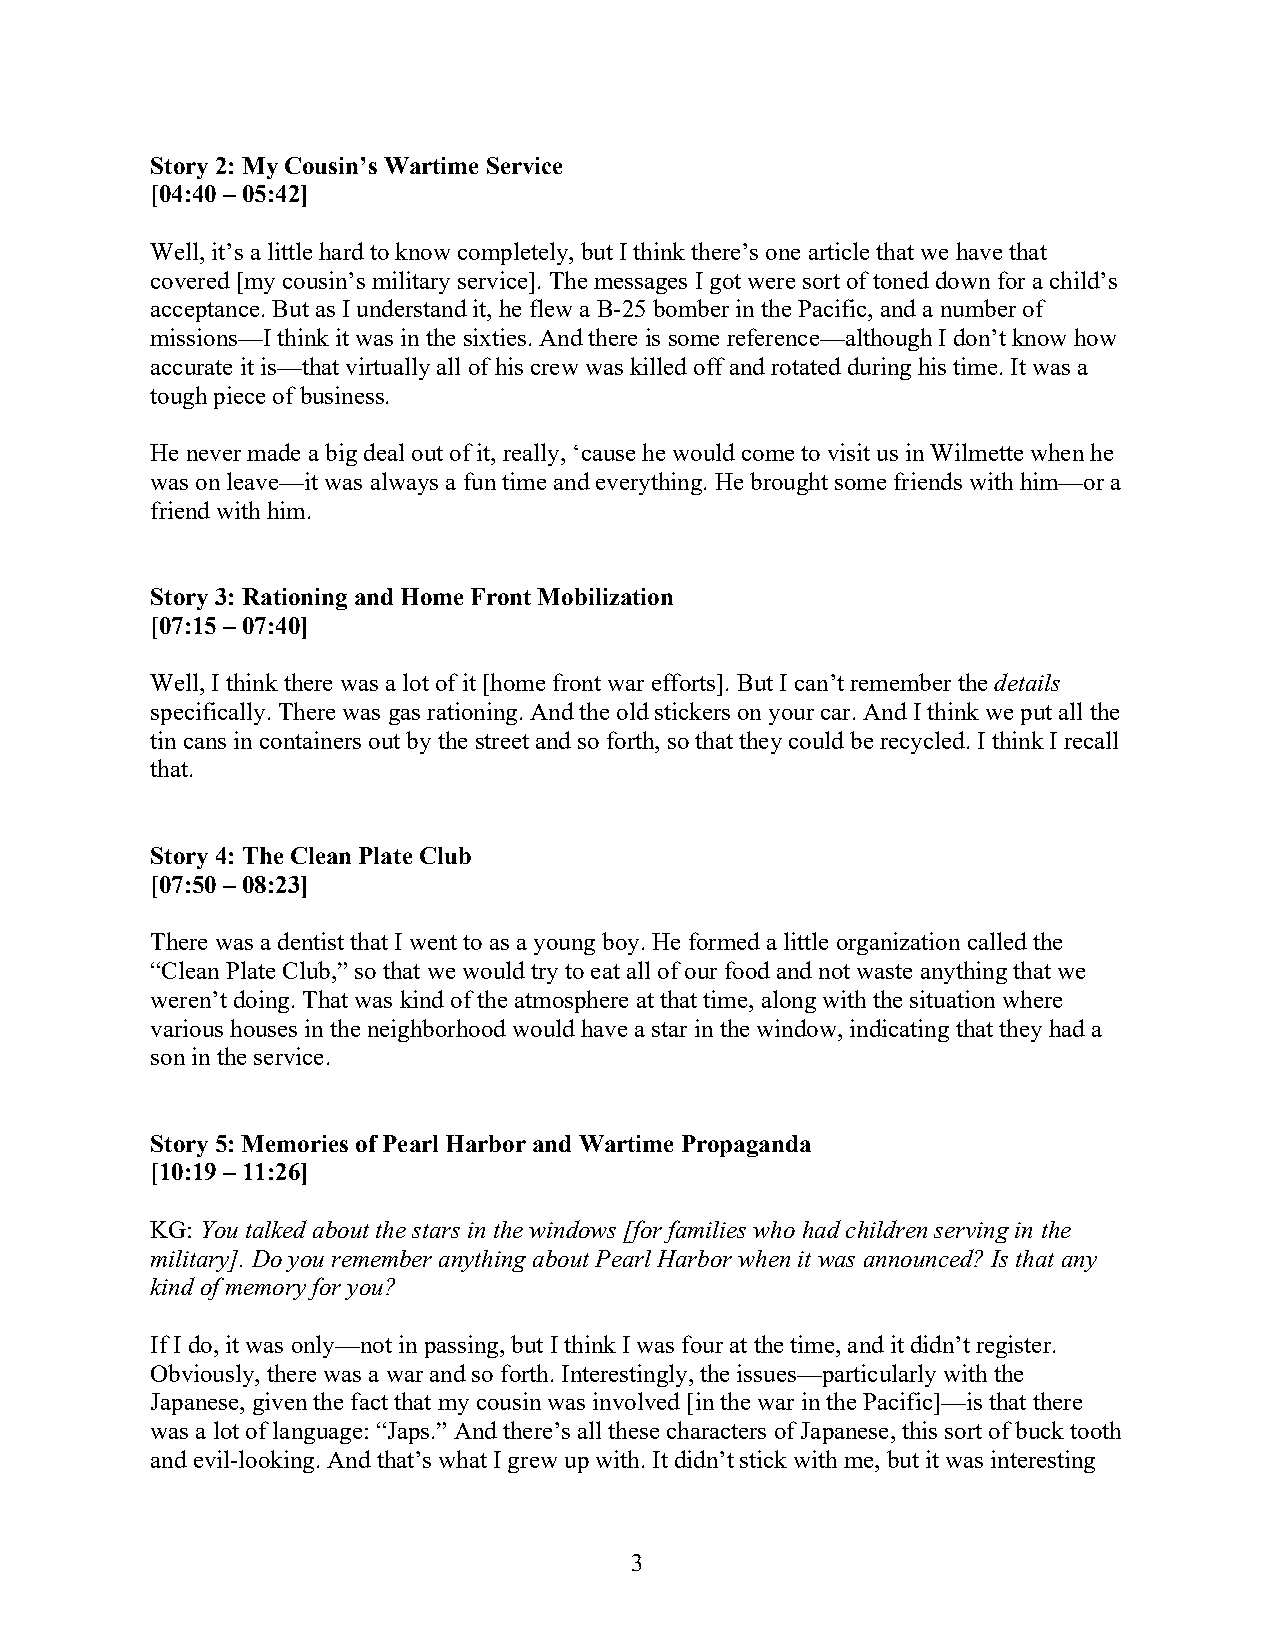
Story 2: My Cousin’s Wartime Service
 [04:40 – 05:42]
 Well, it’s a little hard to know completely, but I think there’s one article that we have that
 covered [my cousin’s military service]. The messages I got were sort of toned down for a child’s
 acceptance. But as I understand it, he flew a B-25 bomber in the Pacific, and a number of
 missions—I think it was in the sixties. And there is some reference—although I don’t know how
 accurate it is—that virtually all of his crew was killed off and rotated during his time. It was a
 tough piece of business.
 He never made a big deal out of it, really, ‘cause he would come to visit us in Wilmette when he
 was on leave—it was always a fun time and everything. He brought some friends with him—or a
 friend with him.
 Story 3: Rationing and Home Front Mobilization
 [07:15 – 07:40]
 Well, I think there was a lot of it [home front war efforts]. But I can’t remember the details
 specifically. There was gas rationing. And the old stickers on your car. And I think we put all the
 tin cans in containers out by the street and so forth, so that they could be recycled. I think I recall
 that.
 Story 4: The Clean Plate Club
 [07:50 – 08:23]
 There was a dentist that I went to as a young boy. He formed a little organization called the
 “Clean Plate Club,” so that we would try to eat all of our food and not waste anything that we
 weren’t doing. That was kind of the atmosphere at that time, along with the situation where
 various houses in the neighborhood would have a star in the window, indicating that they had a
 son in the service.
 Story 5: Memories of Pearl Harbor and Wartime Propaganda
 [10:19 – 11:26]
 KG: You talked about the stars in the windows [for families who had children serving in the
 military]. Do you remember anything about Pearl Harbor when it was announced? Is that any
 kind of memory for you?
 If I do, it was only—not in passing, but I think I was four at the time, and it didn’t register.
 Obviously, there was a war and so forth. Interestingly, the issues—particularly with the
 Japanese, given the fact that my cousin was involved [in the war in the Pacific]—is that there
 was a lot of language: “Japs.” And there’s all these characters of Japanese, this sort of buck tooth
 and evil-looking. And that’s what I grew up with. It didn’t stick with me, but it was interesting
 3